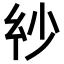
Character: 𢆽